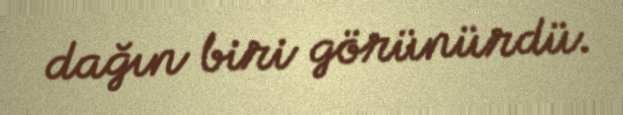
dağın biri görünürdü.